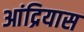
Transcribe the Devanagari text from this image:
आंद्रियास